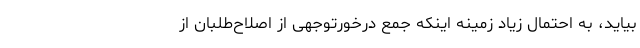
بیاید، به احتمال زیاد زمینه اینکه جمع درخورتوجهی از اصلاح‌طلبان از